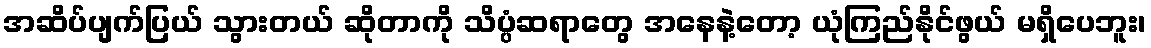
အဆိပ်ပျက်ပြယ် သွားတယ် ဆိုတာကို သိပ္ပံဆရာတွေ အနေနဲ့တော့ ယုံကြည်နိုင်ဖွယ် မရှိပေဘူး၊